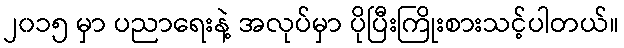
၂၀၁၅ မှာ ပညာရေးနဲ့ အလုပ်မှာ ပိုပြီးကြိုးစားသင့်ပါတယ်။